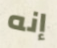
إنه